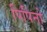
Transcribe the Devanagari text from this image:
पिपिनो